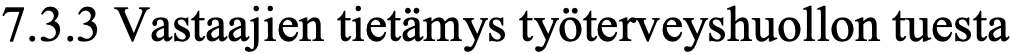
7.3.3 Vastaajien tietämys työterveyshuollon tuesta